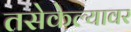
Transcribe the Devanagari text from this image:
तसेकेल्यावर